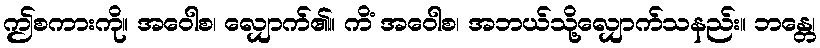
ဤစကားကို။ အဝေါစ၊ လျှောက်၏။ ကိံ အဝေါစ၊ အဘယ်သို့လျှောက်သနည်း။ ဘန္တေ၊